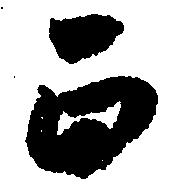
正